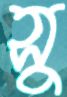
সু